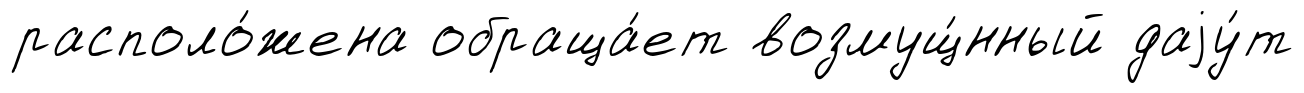
располо́жена обраща́ет возмущ́нный даjу́т